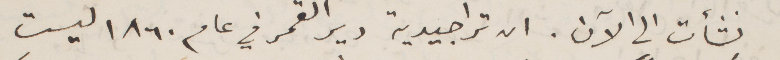
نشأت الى الآن. ان تراجيدية دير القمر في عام ١٨٦٠ ليست